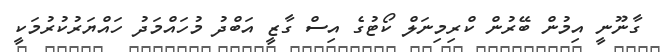
ގާނޫނީ އިމުން ބޭރުން ކްރިމިނަލް ކޯޓުގެ އިސް ގާޒީ އަބްދު މުހައްމަދު ހައްޔަރުކުރުމަކީ